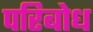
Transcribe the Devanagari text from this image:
परिबोध